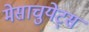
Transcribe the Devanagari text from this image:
मेसाचुयेट्स